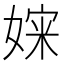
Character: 㛽